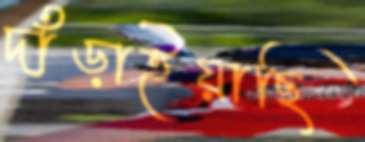
দাঁড়াইয়াছি